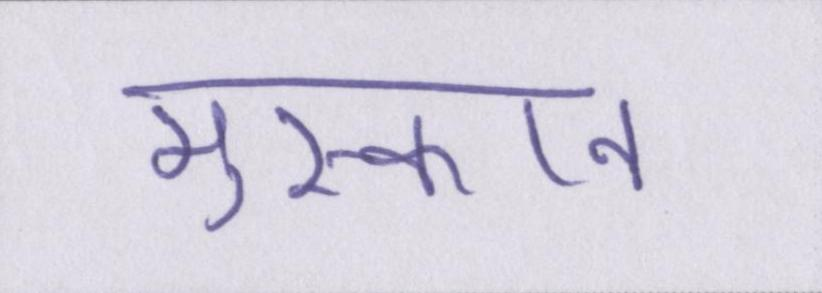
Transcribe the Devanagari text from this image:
मुस्कान